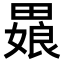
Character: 𬏒